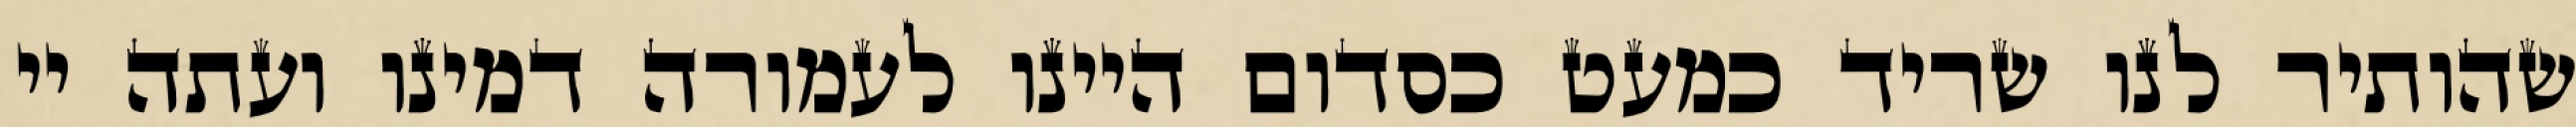
שהותיר לנו שריד כמעט כסדום היינו לעמורה דמינו ועתה יי